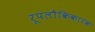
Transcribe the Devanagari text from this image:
रूपलौकिकारक